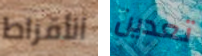
الأقراط تعدين